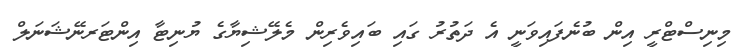
މިނިސްޓްރީ އިން ބުނެފައިވަނީ އެ ދަތުރު ގައި ބައިވެރިން މެލޭޝިޔާގެ ޔުނިޓާ އިންޓަރނޭޝަނަލް